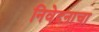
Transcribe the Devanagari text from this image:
निवेदनाचा